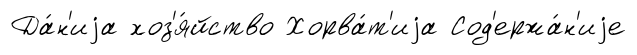
Да́н'иjа хоз'я́йство Хорва́т'иjа Сод'ержа́н'иjе